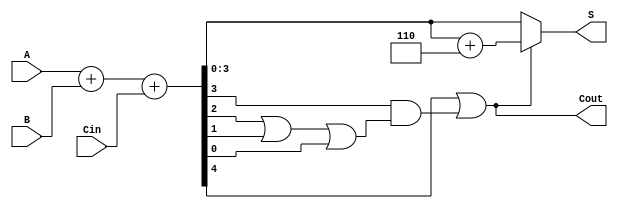
module BCD_Adder (
    input  [3:0] A,      // First BCD digit
    input  [3:0] B,      // Second BCD digit
    input        Cin,     // Carry-in
    output [3:0] S,      // BCD sum
    output       Cout     // Carry-out
);

    wire [4:0] Sum;      // 5-bit sum to accommodate carry
    wire Correction;      // Correction signal

    // Step 1: Binary Addition
    assign Sum = A + B + Cin;

    // Step 2: BCD Correction Logic
    assign Correction = Sum[4] | (Sum[3] & (Sum[2] | Sum[1] | Sum[0]));

    // Step 3: Final Output Calculation
    assign S = Correction ? (Sum + 5'd6) : Sum[3:0]; // Add 6 if correction is needed
    assign Cout = Correction; // Carry-out is set if correction is applied

endmodule